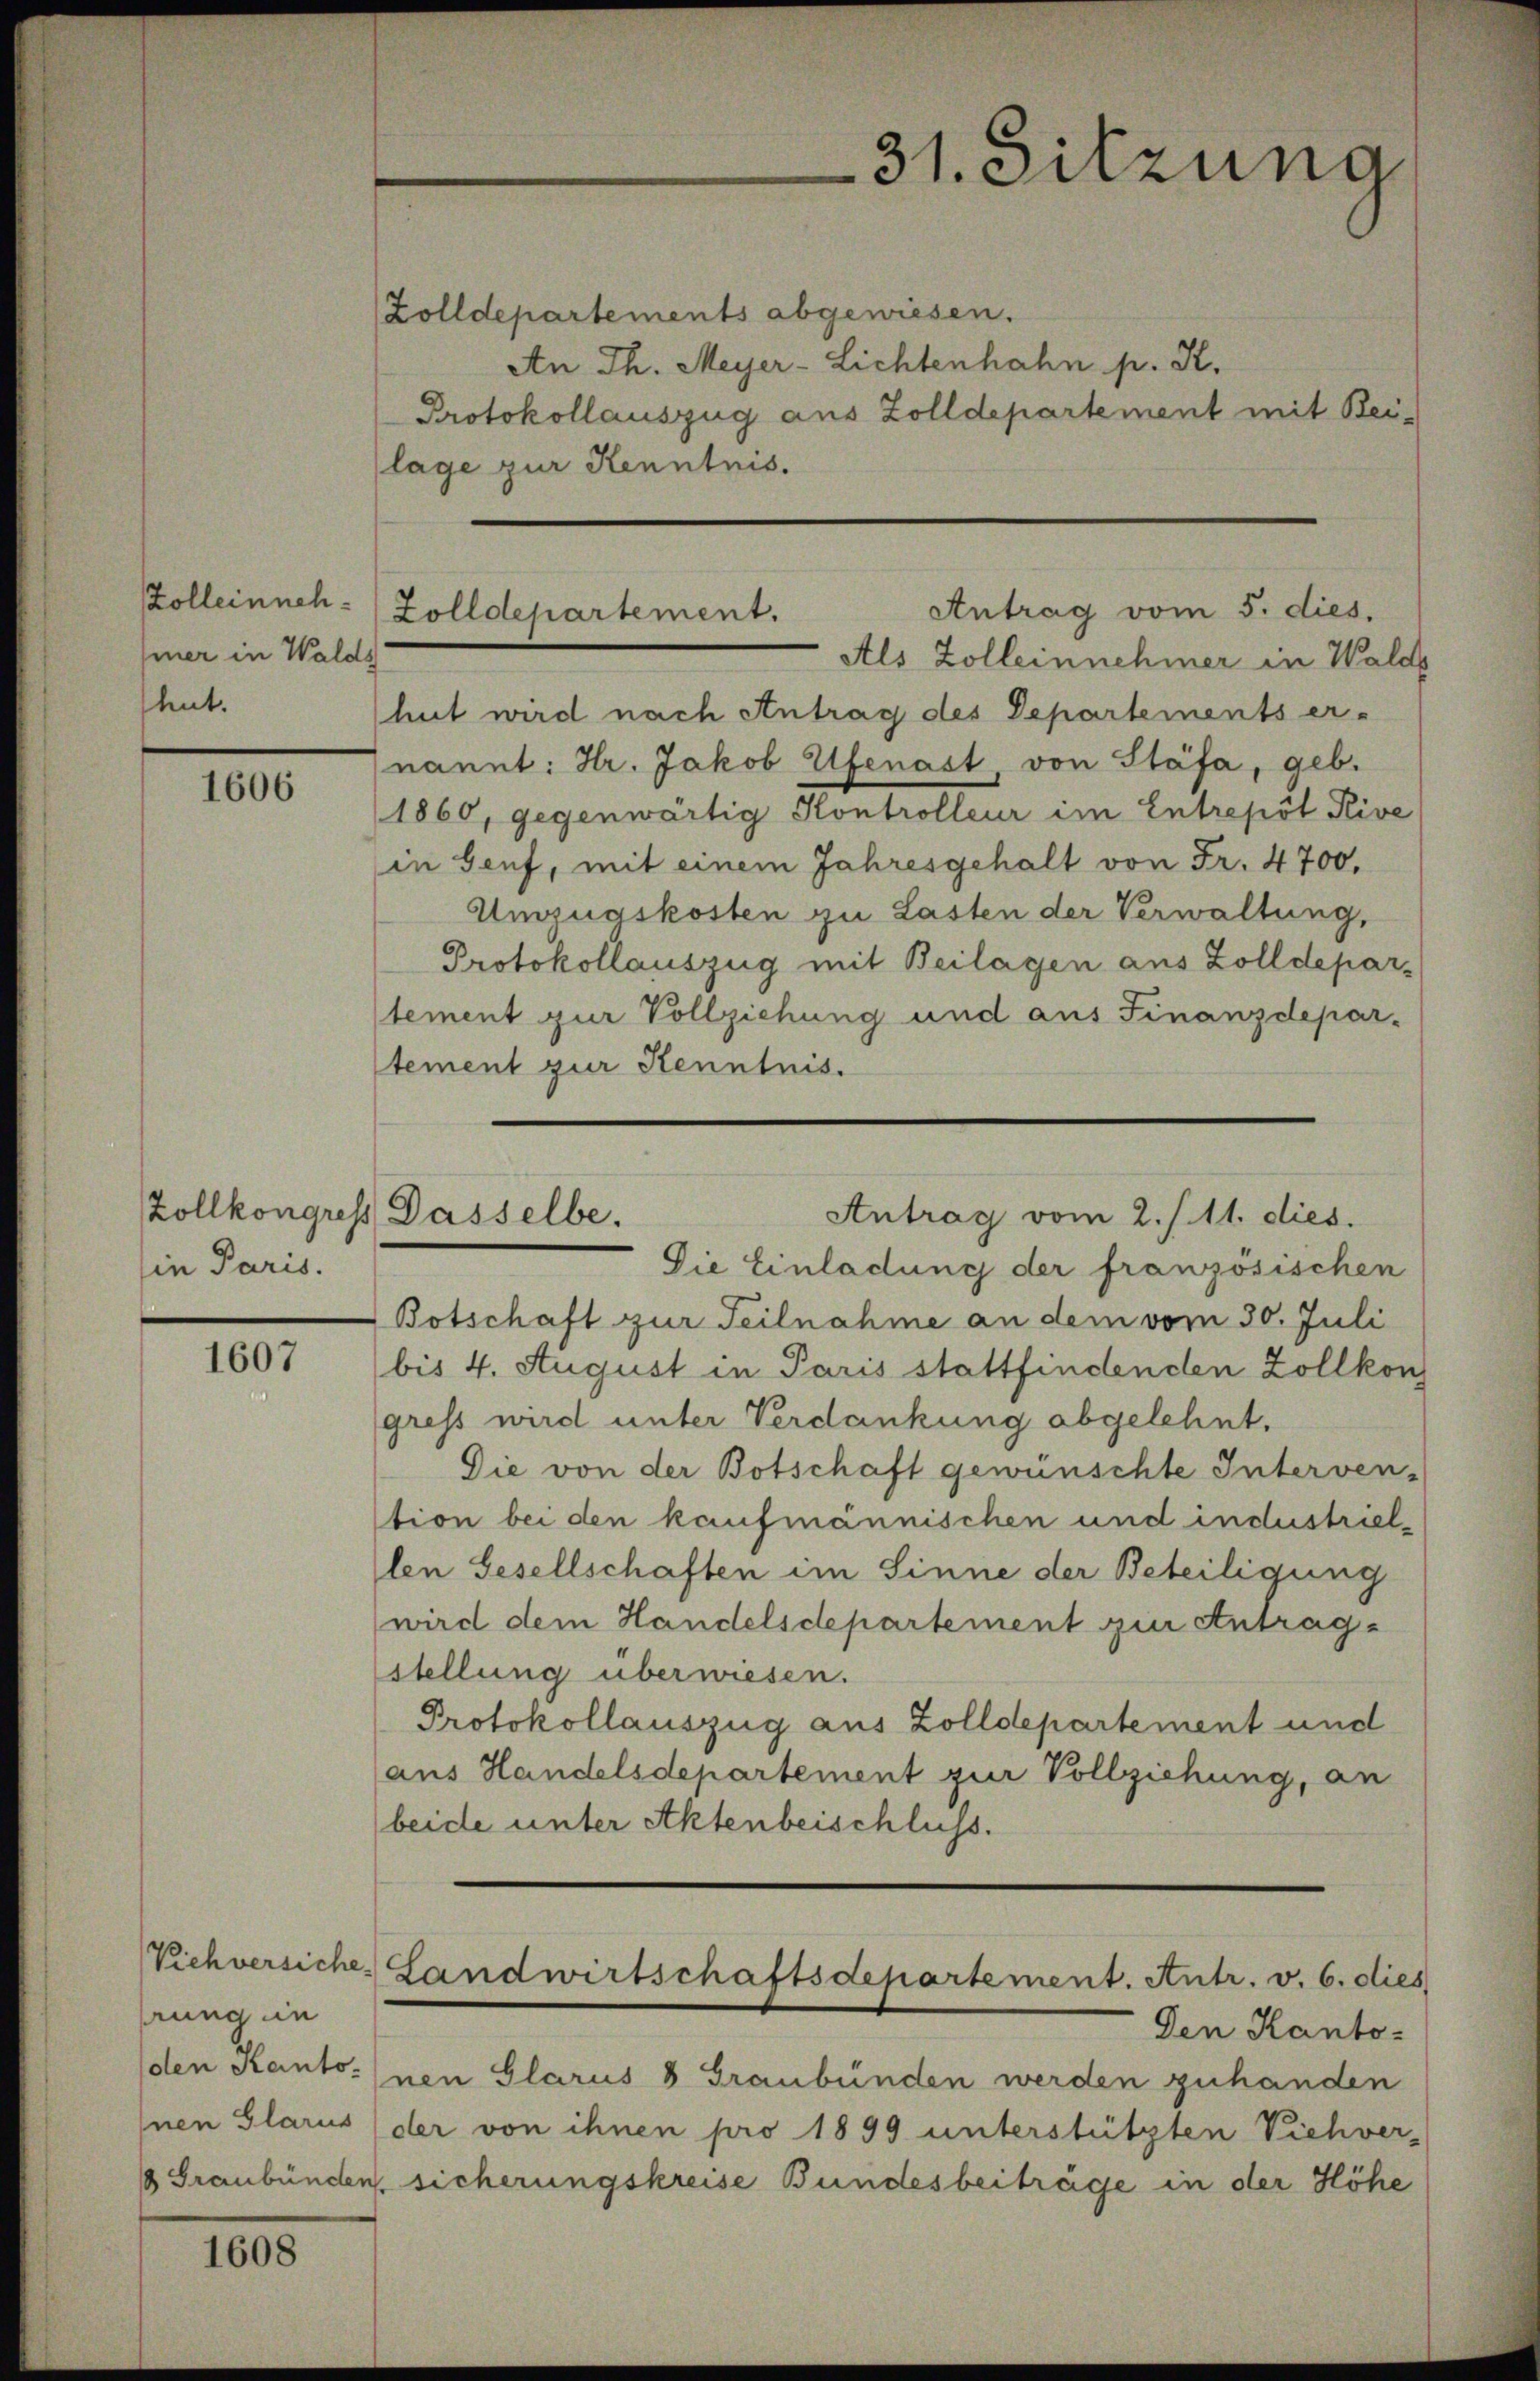
Zolleinnehhiner in Walds
hut.

1606

Zollkongress
in Paris.

1607

prung in
Inen Glarus

1608

Zolldepartements abgewiesen.
An Th. Meyer-Lichtenhahn p. K.
Protokollauszug aus Zolldepartement mit Bei-
lage zur Kenntnis.
Als Zolleinnehmer in Wald
hut wird nach Antrag des Departements er-
nannt: Hr. Jakob Ufenast, von Stäfa, geb.
1860, gegenwärtig Kontrolleur im Entrepot Pive
in Genf, mit einem Jahresgehalt von Fr. 4700.
Umzugskosten zu Lasten der Verwaltung,
Protokollauszug mit Beilagen aus Zolldepartement zur Vollziehung und aus Finanzdepar-
tement zur Kenntnis.

31. Sitzung

Antrag vom 5. dies.
(Zolldepartement.

Antrag vom 2. S. 11. dies.
Dasselbe.

Die Einladung der französischen
Botschaft zur Teilnahme an dem vom 30. Juli
bis 4. August in Paris stattfindenden Zollkon
gress wird unter Verdankung abgelehnt,
Die von der Botschaft gewünschte Interven-
tion bei den kaufmännischen und industriellen Gesellschaften im Sinne der Beteiligung
wird dem Handelsdepartement zur Antragstellung überwiesen.
Protokollauszug aus Zolldepartement und
aus Handelsdepartement zur Vollziehung, an
beide unter Aktenbeischluss.

Vichversiche Landwirtschaftsdepartement. Antr. v. 6. dies

Den Kanto-
den Kantonen Glarus 8 Graubünden werden zuhanden
der von ihnen pro 1899 unterstützten Viehver-
1 Graubünden sicherungskreise Bundesbeiträge in der Höhe